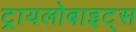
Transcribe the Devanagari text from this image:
ट्रायलोबाइट्स